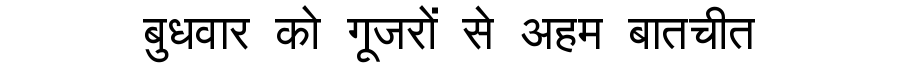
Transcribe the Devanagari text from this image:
बुधवार को गूजरों से अहम बातचीत